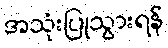
အသုံးပြုသွားရန်